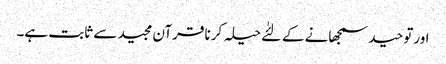
اورتوحید سمجھانے کے لئٰے حیلہ کرنا قرآن مجید سے ثابت ہے۔